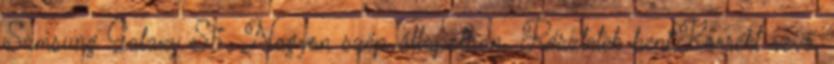
Samsung Galaxy S5. Nagyon szép állapotban. Részletek bent.Korrekt vevő.